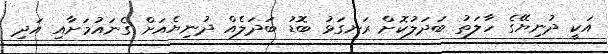
އަކީ ދުނިޔޭގެ ހާލަތު ބަދަލުކޮށް ރަނގަޅު ބޮޑު ބަދަލެއް ދުނިޔެއަށް ގެނައުމަށާއި އަދި